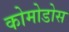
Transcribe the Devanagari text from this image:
कोमोडोस